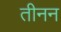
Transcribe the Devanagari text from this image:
तीनन